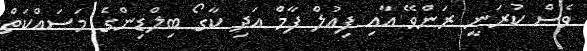
ވެސް ކުރަނީ ރަންވޭ އާއި ފިއުލް ފާމް އަދި ކާގޯ ބިލްޑިންގެ މަސައްކަތް